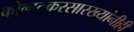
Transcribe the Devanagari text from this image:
कोल्हटकरसारख्यांनीही